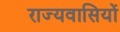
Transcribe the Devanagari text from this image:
राज्यवासियों